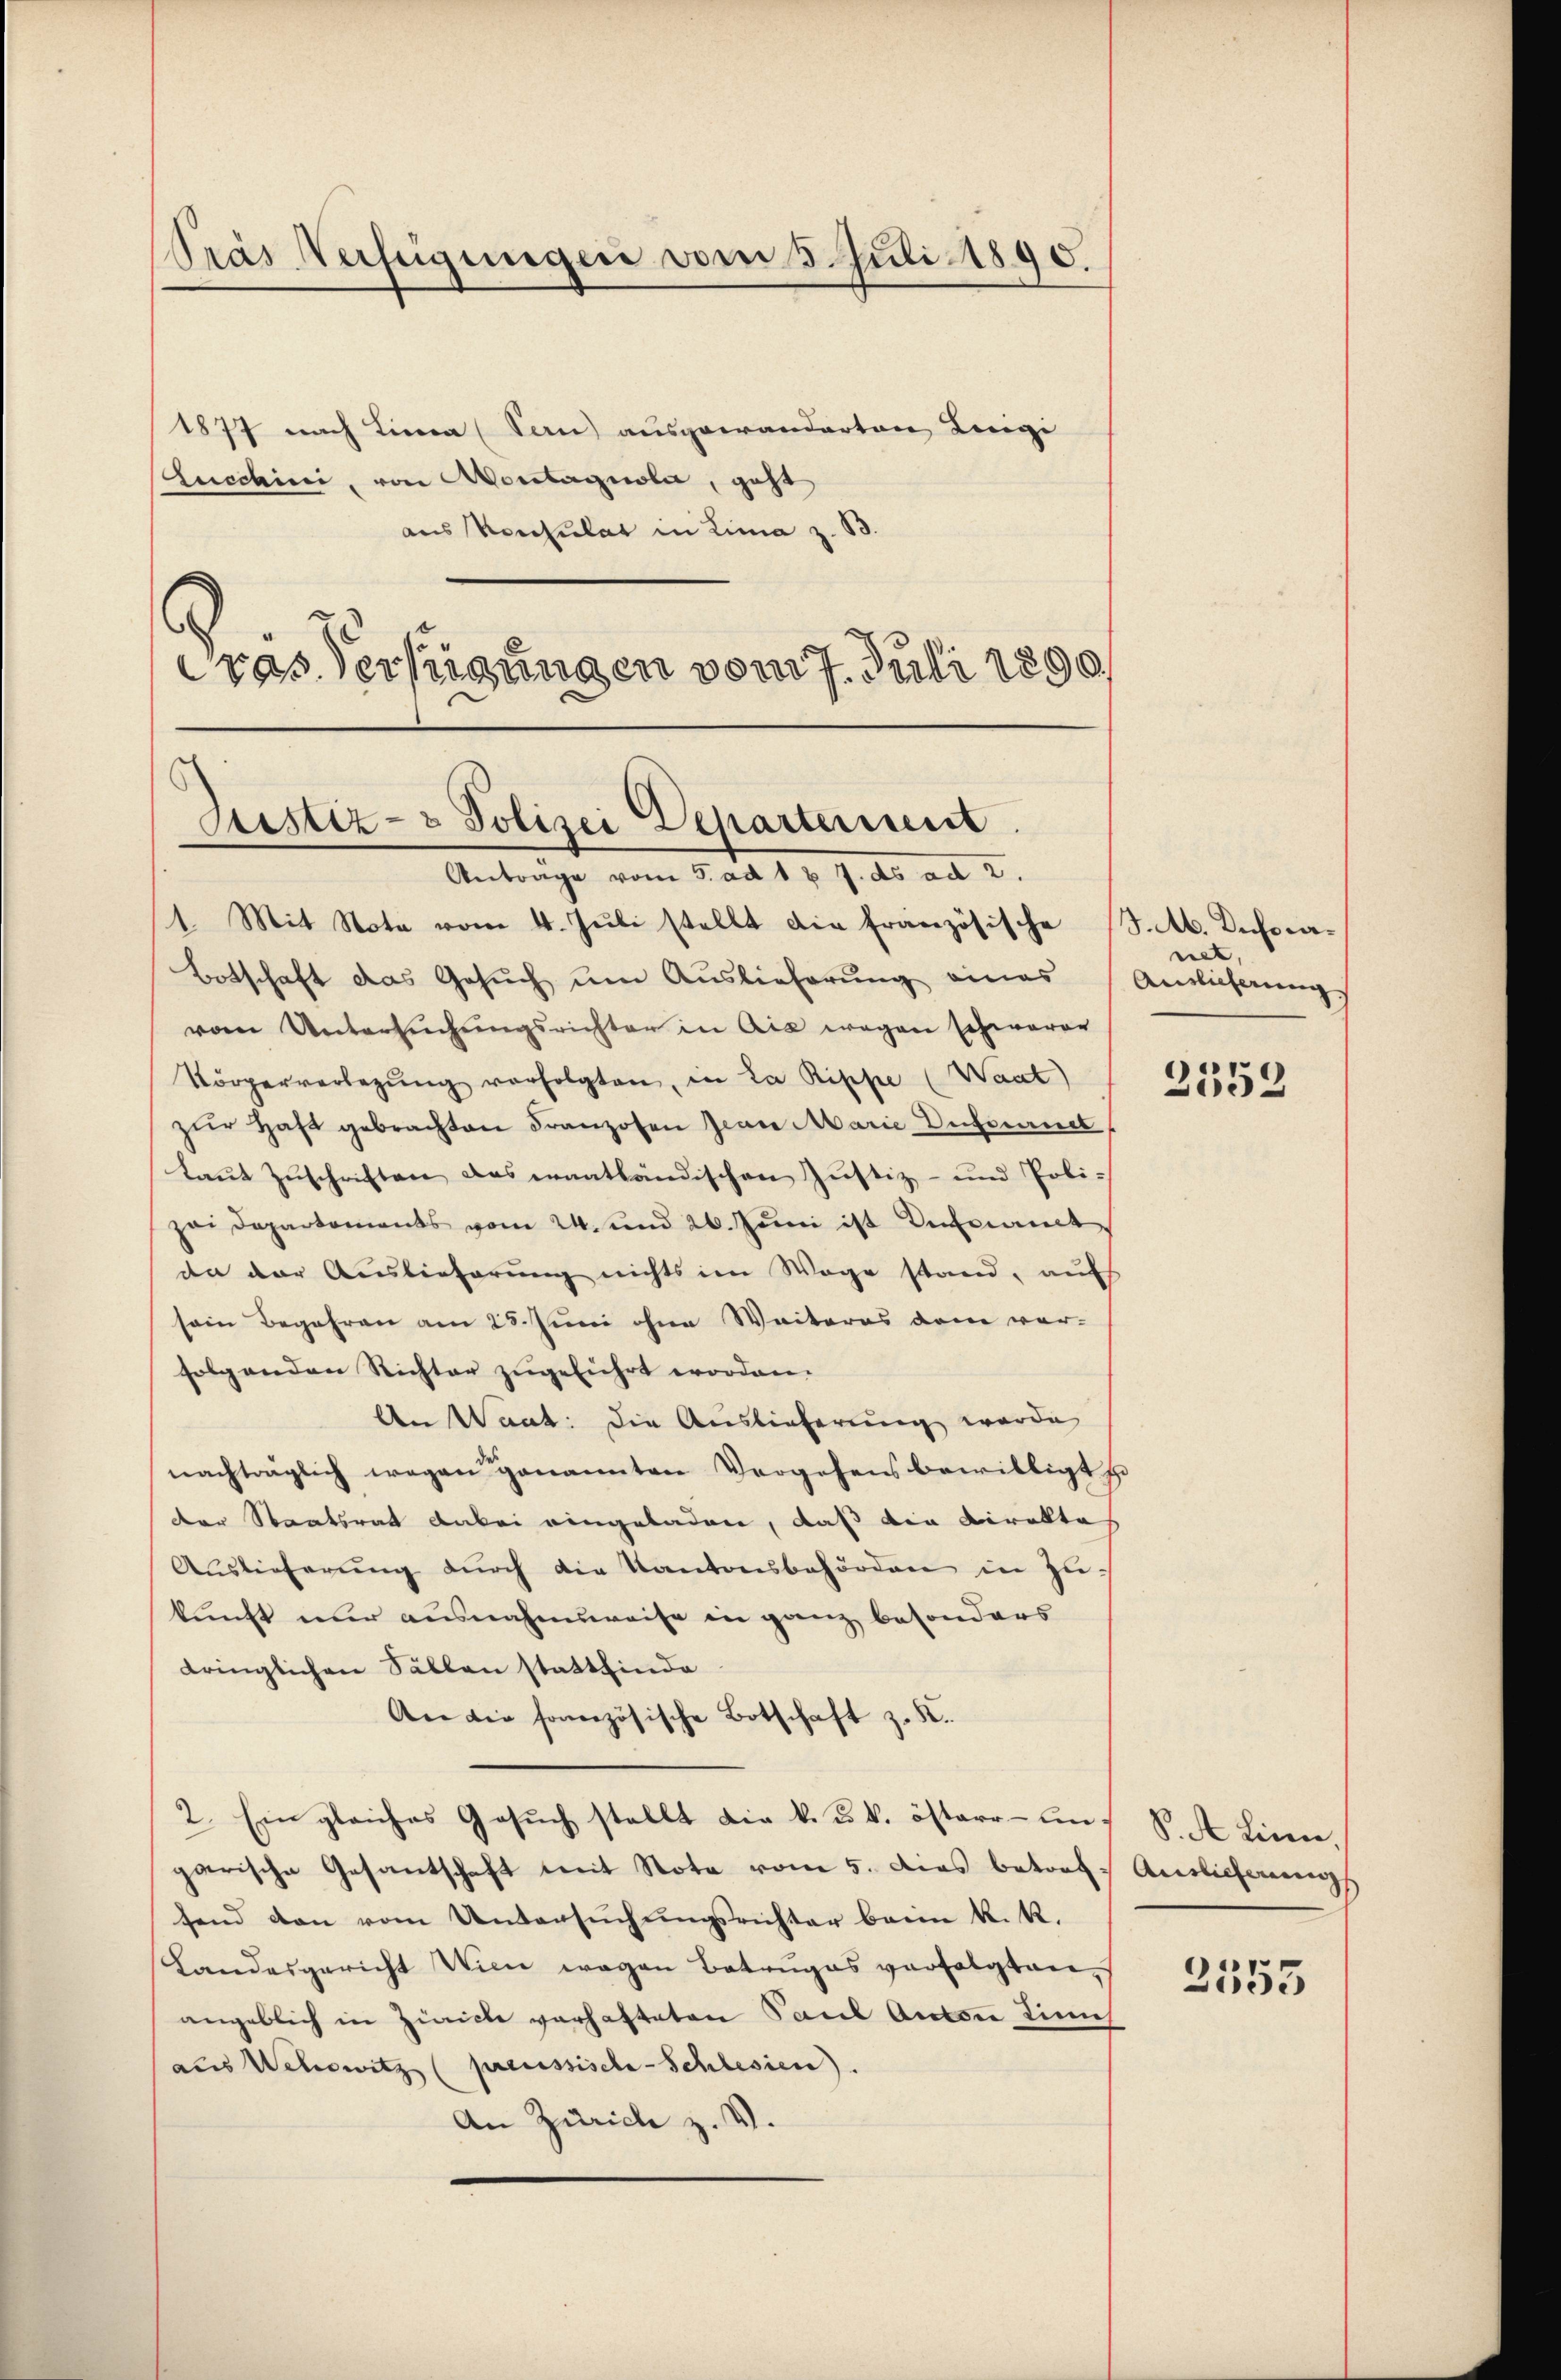
Pras Verfügungen vom 5. Juli 1890.

1877 nach Lina (Sen) ausgewanderten Lengi
Lucchini, von Montagnola, geht
aus Konsulat in Lina z. B.
Cras Verfügungen vom 7. Juli 1890

Justiz- & Polizei Departerient
Antrage vom 5. ad 12 J. ds ad 2.

1. Mit Note vom 4. Jŭli stellt die französische J. M. Anspra¬
Botschaft das Gesŭch ŭm Aŭslieferŭng eines Antlicherungs
vom Untersuchungsrichten in Ais wegen schwerer
Körperverlegŭng verfolgten, in La Rippe (Waat)
zŭr Haft gebrachten Franzosen Jean Marie Dufournet
laut Zuschriften das wantländischen Justiz- und Polizei Departements vom 24. und 20. Jŭni ist Anfant
da der Auslieferung nichts im Wege stand, aufs
sein Begehren am 28. Juni ohne Weiteres dem ver-
folgenden Richter zugeführt worden.
An Want: die Auslieferung wurde
nachträglich wegen genannten Vergehens bewilligt zu
der Staatsrat dabei eingeladen, daß die Direktes
Auslieferung durch die Kantonsbehörden in Zukunft nur ausnahmsweise in ganz besonders
dringlichen Sällen stattfinde
An die französische Botschaft z. K.
2. Ein gleiches Gesuch stellt die k. k. k. österren S. St. Linen,
garische Gesantschaft mit Note vom 5. dies betreff Auslieferungs
fend den vom Untersuchungsrichter beim k. k.
Landesgericht Wien wegen Betruges verfolgten,
angeblich in Zürich verhafteten Paul Anton Linie
aus Wehewitz (preussische Schlesien).
An Zürich z. V.

net,

2552

2555